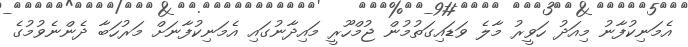
އެމަނިކުފާނު މިއަދު ހަވީރު މާލެ ވަޑައިގަތުމުން ޖުމްހޫރީ މައިދާނުގައި އެމަނިކުފާނަށް މަރުހަބާ ދެންނެވުމުގެ